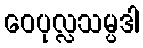
ဝေပုလ္လသမ္ပဒါ